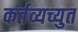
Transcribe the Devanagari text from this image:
कर्तव्यच्युत